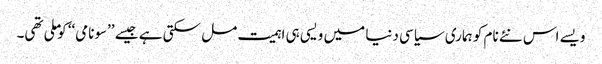
ویسے اس نئے نام کو ہماری سیاسی دنیا میں ویسی ہی اہمیت مل سکتی ہے جیسے ’’سونامی‘‘ کو ملی تھی۔